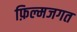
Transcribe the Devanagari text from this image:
फ़िल्मजगत